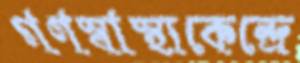
গণস্বাস্থ্যকেন্দ্রে